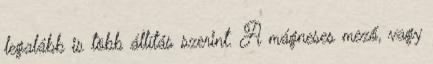
legalább is több állítás szerint. A mágneses mező, vagy